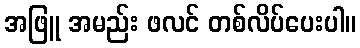
အဖြူ အမည်း ဖလင် တစ်လိပ်ပေးပါ။